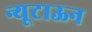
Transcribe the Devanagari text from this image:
न्यूटाऊन